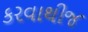
કરવાથીજ